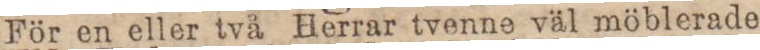
För en eller två Herrar tvenne väl möblerade